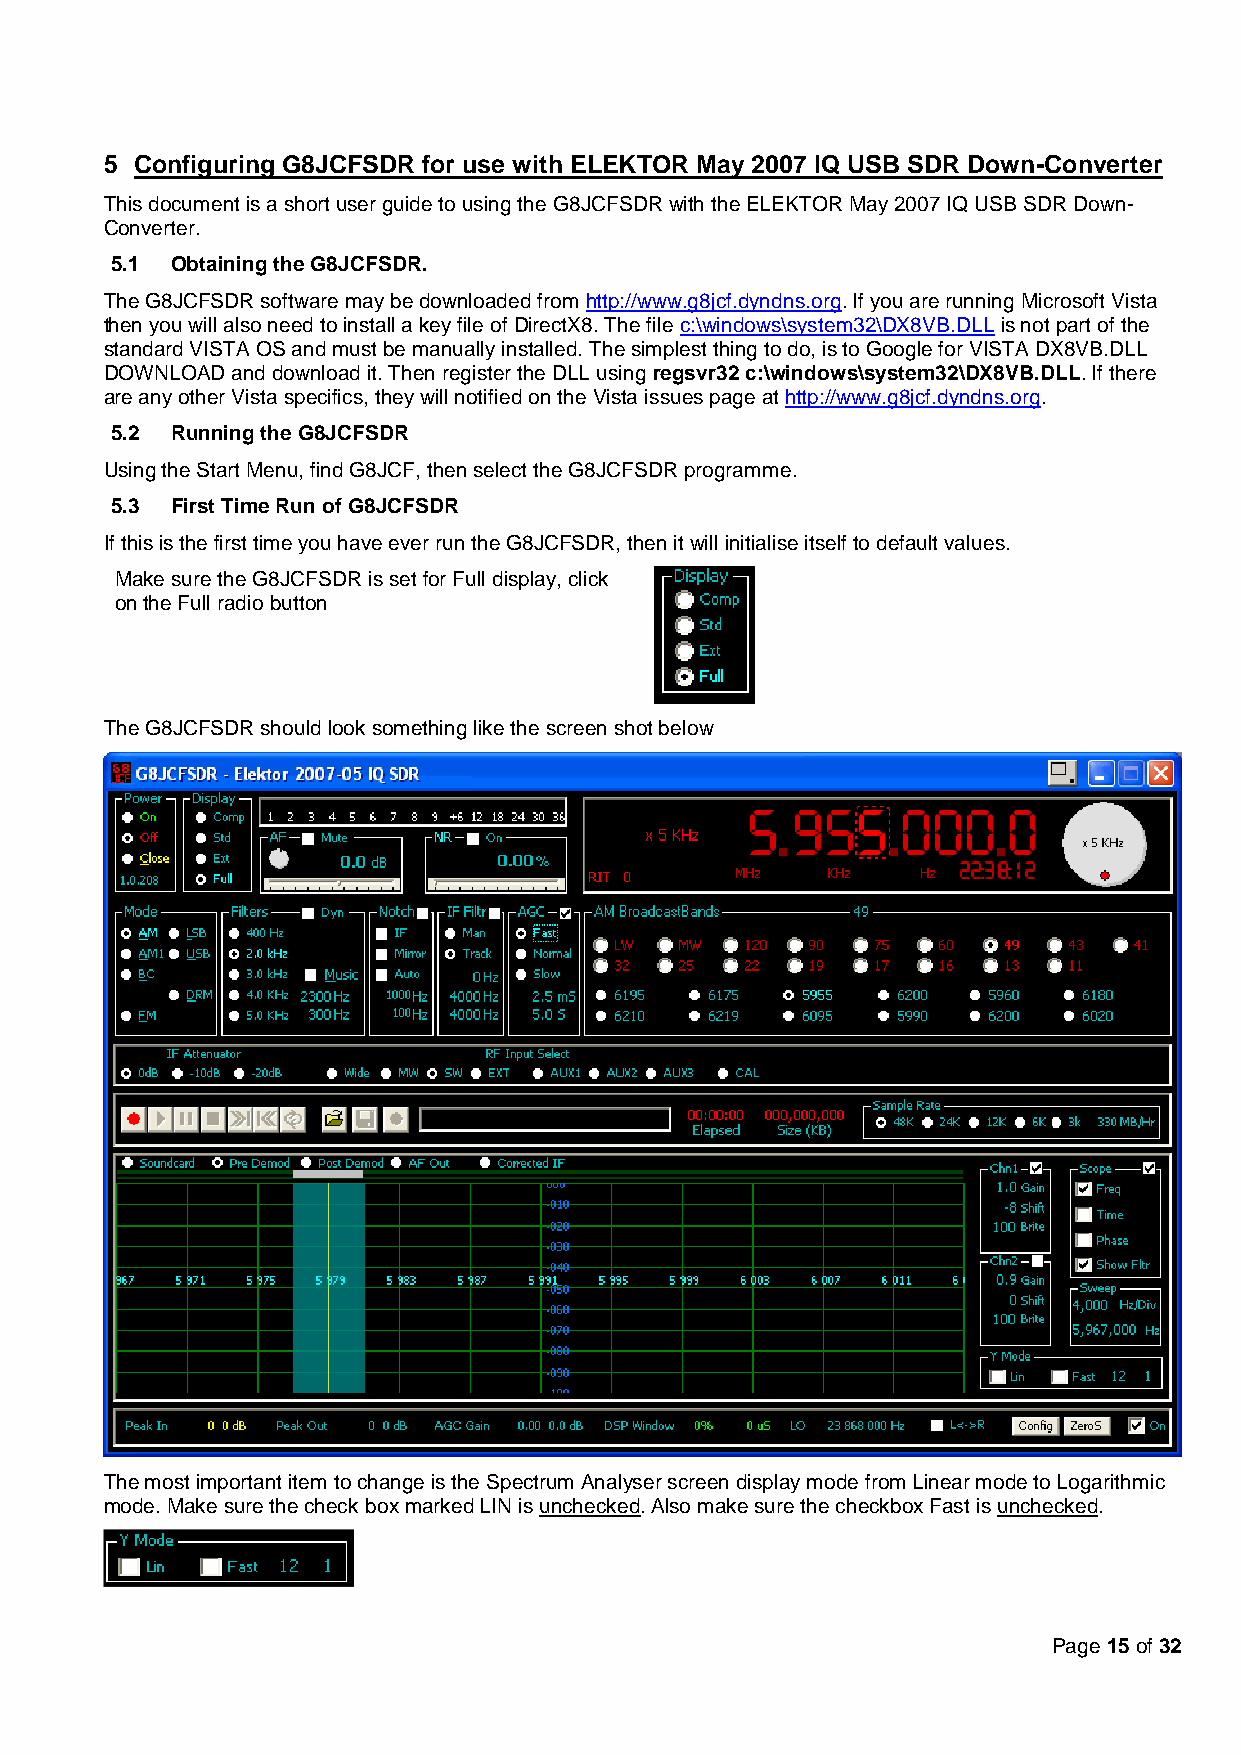
5 Configuring G8JCFSDR for use with ELEKTOR May 2007 IQ USB SDR Down-Converter
 This document is a short user guide to using the G8JCFSDR with the ELEKTOR May 2007 IQ USB SDR Down-
 Converter.
 5.1 Obtaining the G8JCFSDR.
 The G8JCFSDR software may be downloaded from http://www.g8jcf.dyndns.org. If you are running Microsoft Vista
 then you will also need to install a key file of DirectX8. The file c:\windows\system32\DX8VB.DLL is not part of the
 standard VISTA OS and must be manually installed. The simplest thing to do, is to Google for VISTA DX8VB.DLL
 DOWNLOAD and download it. Then register the DLL using regsvr32 c:\windows\system32\DX8VB.DLL. If there
 are any other Vista specifics, they will notified on the Vista issues page at http://www.g8jcf.dyndns.org.
 5.2 Running the G8JCFSDR
 Using the Start Menu, find G8JCF, then select the G8JCFSDR programme.
 5.3 First Time Run of G8JCFSDR
 If this is the first time you have ever run the G8JCFSDR, then it will initialise itself to default values.
 Make sure the G8JCFSDR is set for Full display, click
 on the Full radio button
 The G8JCFSDR should look something like the screen shot below
 The most important item to change is the Spectrum Analyser screen display mode from Linear mode to Logarithmic
 mode. Make sure the check box marked LIN is unchecked. Also make sure the checkbox Fast is unchecked.
 Page 15 of 32